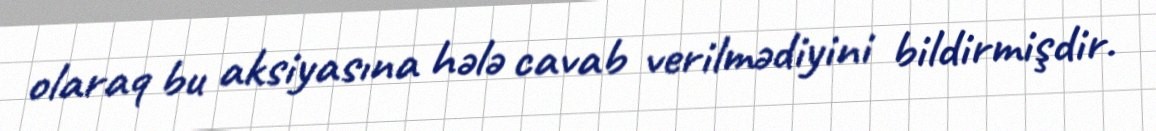
olaraq bu aksiyasına hələ cavab verilmədiyini bildirmişdir.